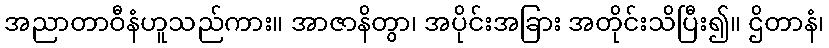
အညာတာဝီနံဟူသည်ကား။ အာဇာနိတွာ၊ အပိုင်းအခြား အတိုင်းသိပြီး၍။ ဌိတာနံ၊